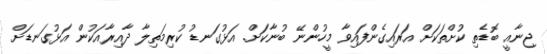
ޖިނާއީ ބޮޑެތި ކުށްތަކަށް އަރައިގެންފައިވާ މީހުންނޭ ބުނާކަށް. އަޅުގަނޑު ކުރިމަތިލާ ދާއިރާއަކުން އަޅުގަނޑަށް